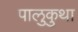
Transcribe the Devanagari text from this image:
पालुकुथा